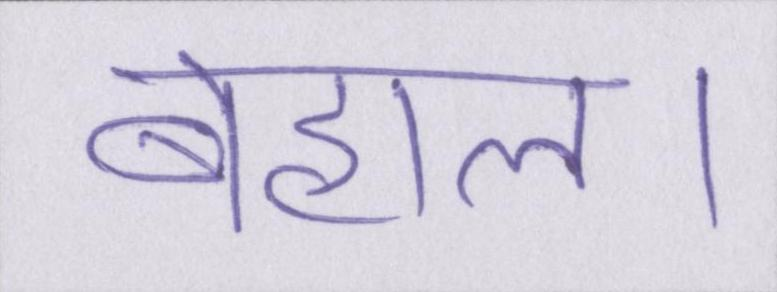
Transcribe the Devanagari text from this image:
बेहाल।